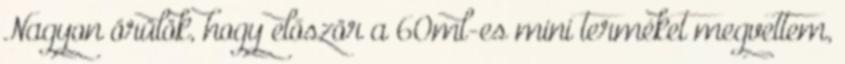
Nagyon örülök, hogy először a 60ml-es mini terméket megvettem,